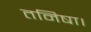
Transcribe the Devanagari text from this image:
तनिषा।